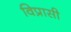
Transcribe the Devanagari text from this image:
विप्रासी